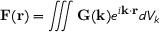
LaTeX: \mathbf { F } ( \mathbf { r } ) = \iiint \mathbf { G } ( \mathbf { k } ) e ^ { i \mathbf { k } \cdot \mathbf { r } } d V _ { k }